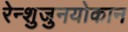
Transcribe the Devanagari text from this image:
रेन्शुजुनयोकान